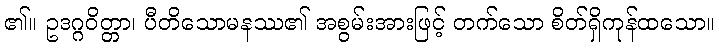
၏။ ဥဒဂ္ဂဝိတ္တာ၊ ပီတိသောမနဿ၏ အစွမ်းအားဖြင့် တက်သော စိတ်ရှိကုန်ထသော။